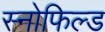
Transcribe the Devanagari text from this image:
स्‍नोफिल्‍ड